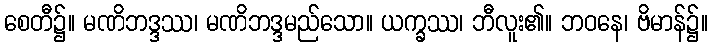
စေတီ၌။ မဏိဘဒ္ဒဿ၊ မဏိဘဒ္ဒမည်သော။ ယက္ခဿ၊ ဘီလူး၏။ ဘဝနေ၊ ဗိမာန်၌။